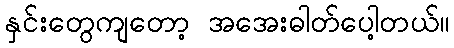
နှင်းတွေကျတော့ အအေးဓါတ်ပေါ့တယ်။